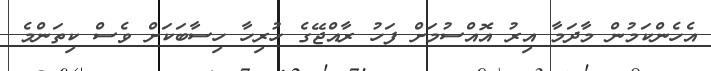
އެހެންކަމުން މާދަމާ އިރު އޮއްސުމަށް ފަހު ރާއްޖޭގެ ހުރިހާ ހިސާބަކަށް ވެސް ކިތަންމެ